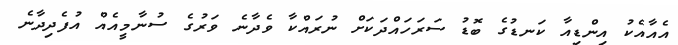
އެއާއެކު އިންޑިއާ ކަނޑުގެ ބޮޑު ސަރަހައްދަކަށް ނުރައްކާ ވެދާނެ ވަރުގެ ސުނާމީއެއް އުފެދިދާނެ